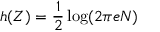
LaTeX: h ( Z ) = { \frac { 1 } { 2 } } \log ( 2 \pi e N ) \,